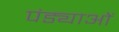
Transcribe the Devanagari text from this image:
पंड्याओं